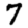
Digit: 7